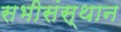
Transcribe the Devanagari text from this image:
सभीसंस्थान